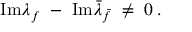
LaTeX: \mathrm { I m } \lambda _ { f } ~ - ~ \mathrm { I m } \bar { \lambda } _ { \bar { f } } \; \neq \; 0 \; .